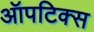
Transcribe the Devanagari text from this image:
ऑपटिक्स